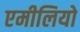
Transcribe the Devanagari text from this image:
एमीलियो